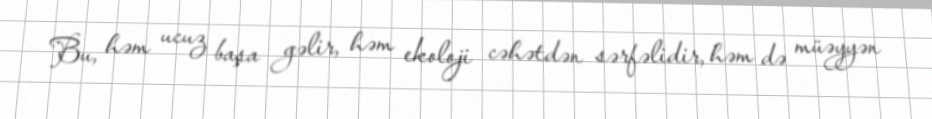
Bu, həm ucuz başa gəlir, həm ekoloji cəhətdən sərfəlidir, həm də müəyyən